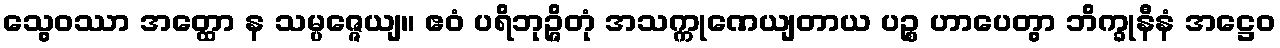
သွေဝဿာ အတ္ထော န သမ္ပဇ္ဇေယျ။ ဧဝံ ပရိဘုဉ္ဇိတုံ အသက္ကုဏေယျတာယ ပဉ္စ ဟာပေတွာ ဘိက္ခုနီနံ အဋ္ဌေဝ